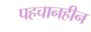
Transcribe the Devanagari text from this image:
पहचानहीन